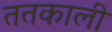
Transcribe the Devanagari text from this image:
ततकाली